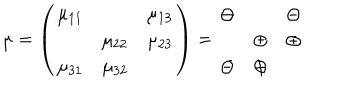
\mu = \left( \begin{array} { c c c } { { \mu _ { 1 1 } } } & { { } } & { { \mu _ { 1 3 } } } \\ { { } } & { { \mu _ { 2 2 } } } & { { \mu _ { 2 3 } } } \\ { { \mu _ { 3 1 } } } & { { \mu _ { 3 2 } } } & { { } } \\ \end{array} \right) = \begin{array} { c c c } { { \ominus } } & { { } } & { { \ominus } } \\ { { } } & { { \oplus } } & { { \oplus } } \\ { { \ominus } } & { { \oplus } } & { { } } \\ \end{array}